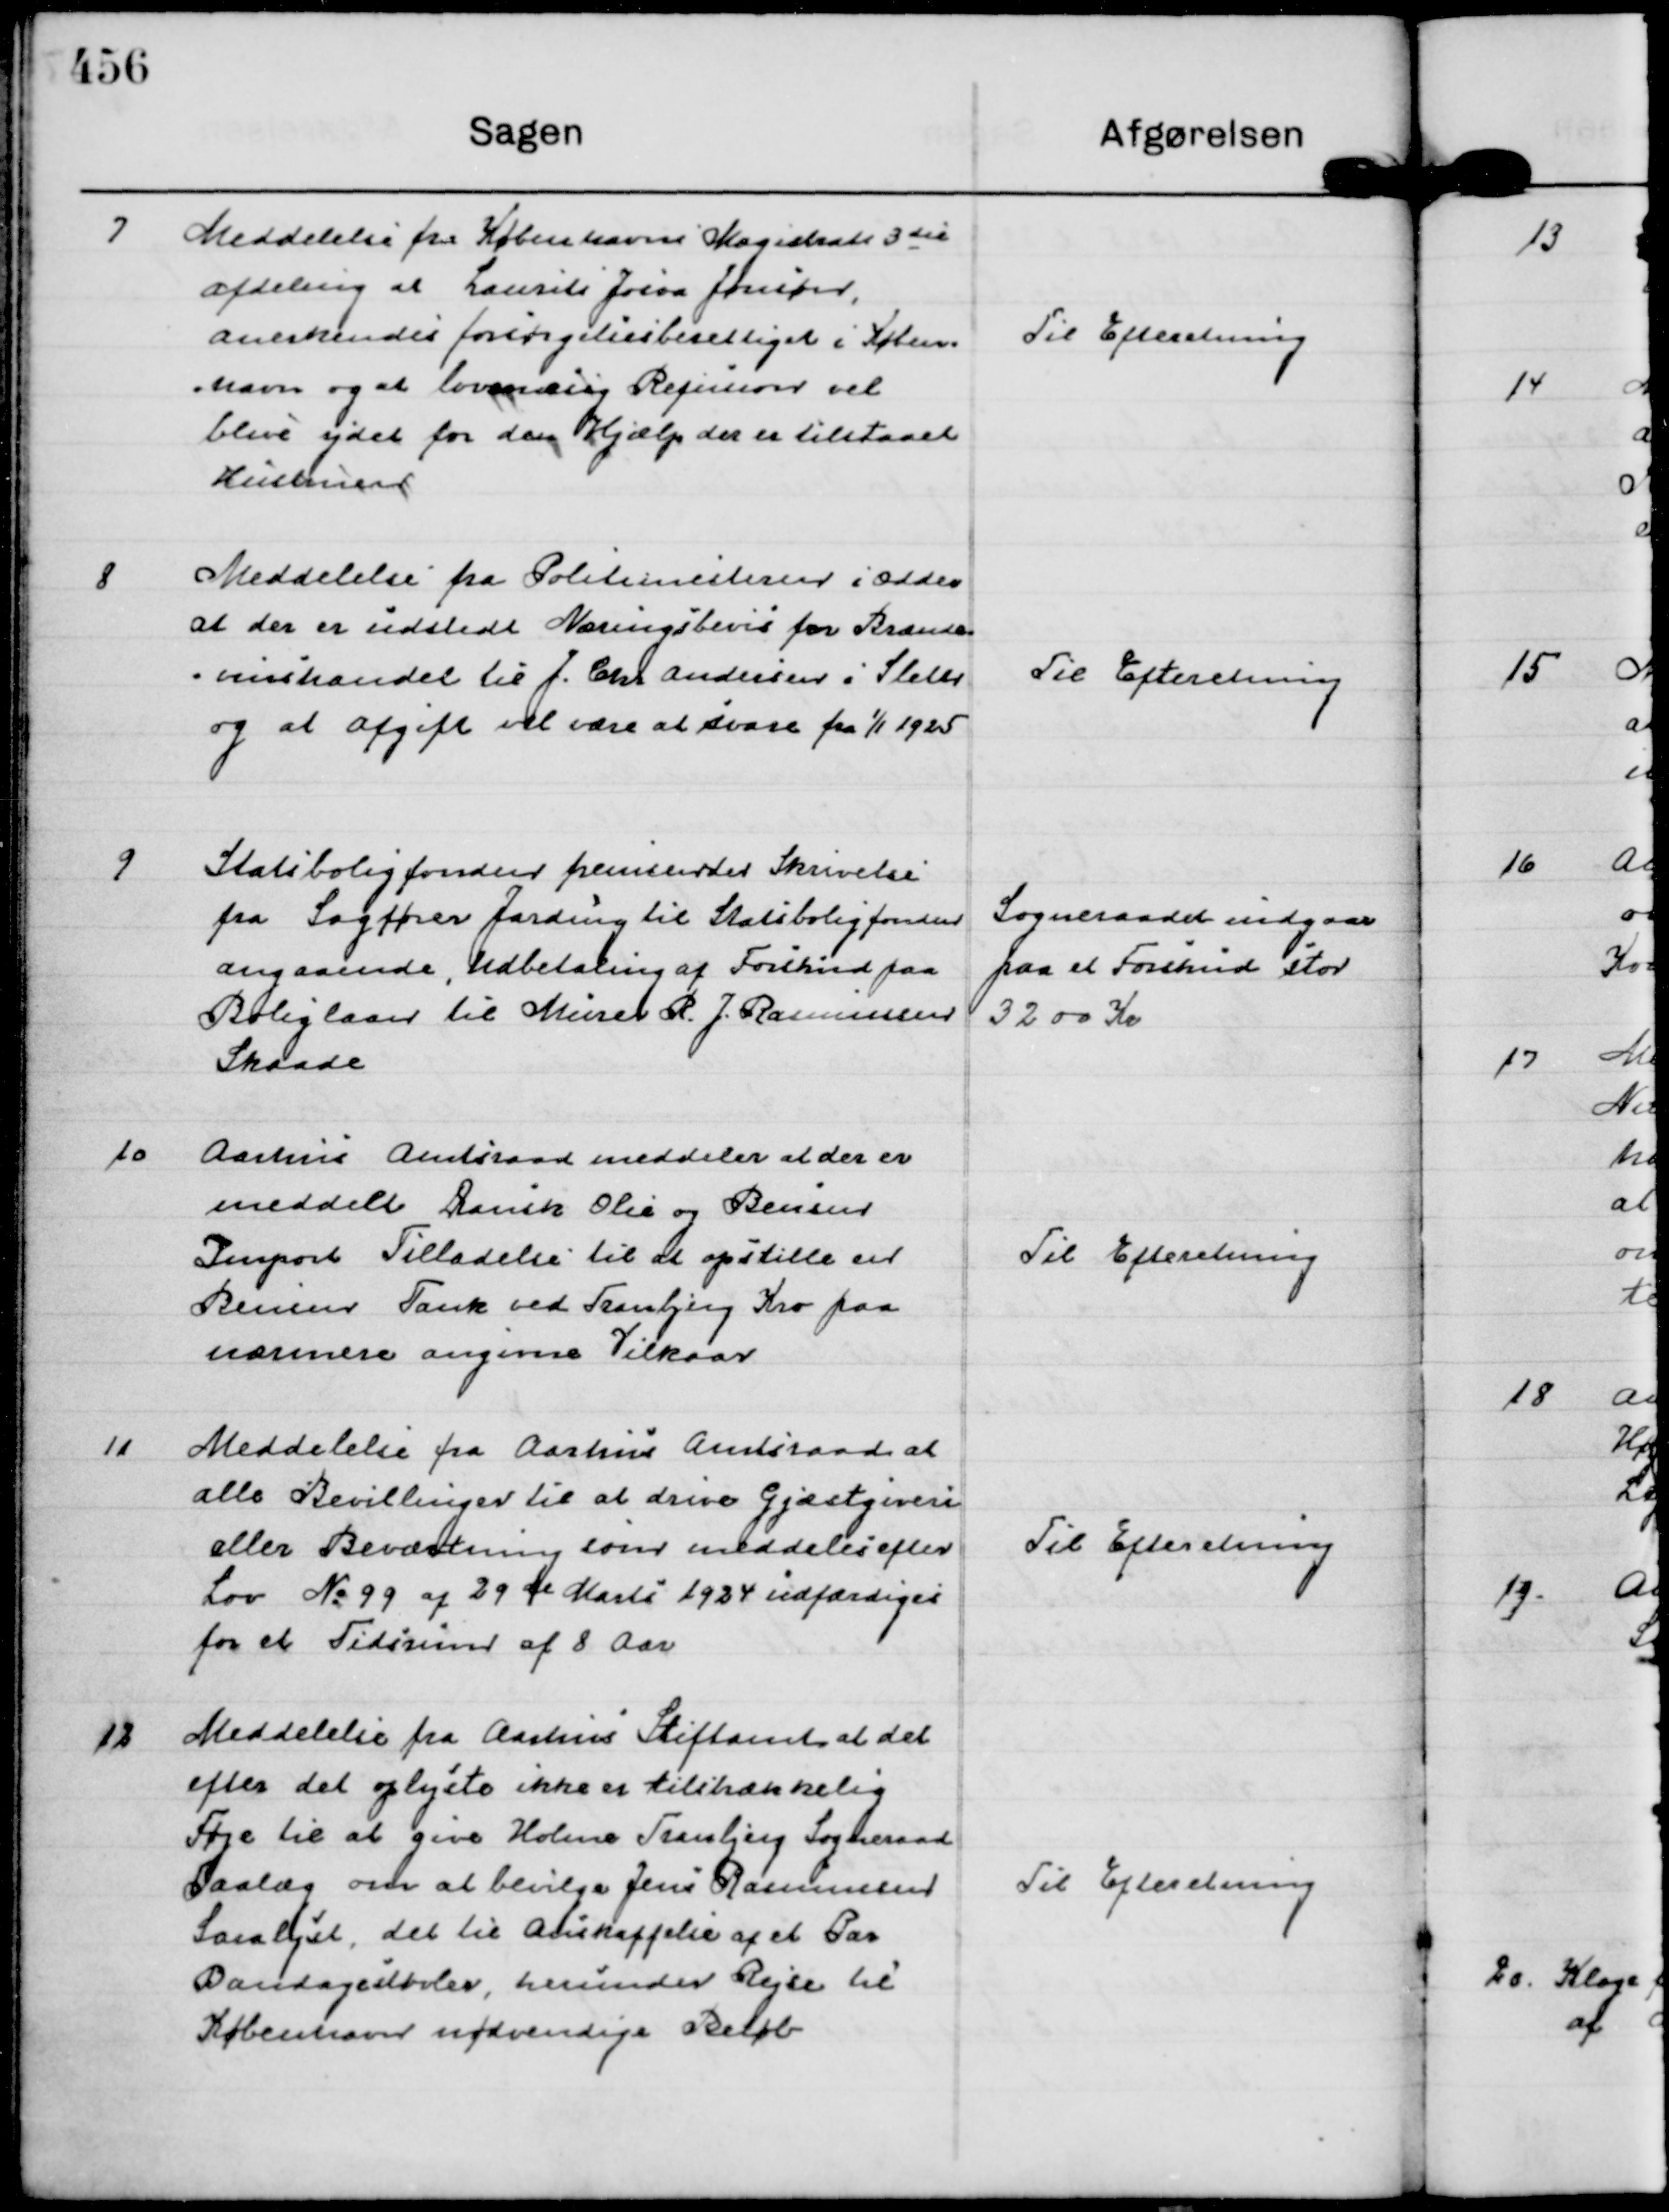
Transskription:
7
Meddelelse fra Københavns Magistrats 3 die
Afdeling at Laurits Jocia Jonsøn,
anerkendes forsørgelsesberettiget i Køben=
=havn og at lovmæsig Refusion vil 
blive ydet for den Hjælp der er tilstaaet
Hustruen

Til Efteretning

8
Meddelelse fra Politimesteren i Odder
at der er udstedt Næringsbevis for Brænde=
=vinshandel til J. Chr Andersen i Sleth
og at afgift vil være at svare fra 1/1 1925

Til Efteretning

9
Statsboligfonden fremsender Skrivelse
fra Sagfører Jarding til Statsboligfonden
angaaende, Udbetaling af Forskud paa
Boliglaan til Murer R. J. Rasmussen
Skaade

Sogneraadet indgaar
paa et Forskud stor
3200 Kr

10
Aarhus Amtsraad meddeler at der er
meddelt Dansk Olie og Bensin
Import Tilladelse til at opstille en
Bensin Tank ved Tranbjerg Kro paa
nærmere angivne Vilkaar

Til Efteretning

11
Meddelelse fra Aarhus Amtsraad at
alle Bevillinger til at drive Gjæstgiveri
eller Beværtning som meddeles efter
Lov No 99 af 29 de Marts 1924 udfærdiges
for et Tidsrum af 8 Aar

Til Efteretning

12
Meddelelse fra Aarhus Stiftamt at det
efter det oplyste ikke er tilstrækkelig
Føje til at give Holme Tranbjerg Sogneraad
Paalæg om at bevilge Jens Rasmussen
Saralyst, det til Anskaffelse af et Par
Bandagestøvler, herunder Rejse til
København nødvendige Beløb

Til Efteretning